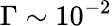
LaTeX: \Gamma\sim 10^{-2}